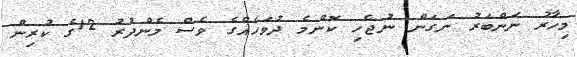
މިހާރު ނަންބަރު ނަގަން ނުޖެހި ކޮންމެ ދުވަހެއްގެ ވެސް މެންދުރު 12ގެ ކުރިން